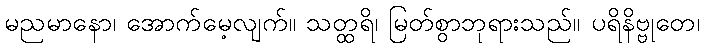
မညမာနော၊ အောက်မေ့လျက်။ သတ္ထရိ၊ မြတ်စွာဘုရားသည်။ ပရိနိဗ္ဗုတေ၊